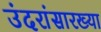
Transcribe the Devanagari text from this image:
उंदरांसारख्या